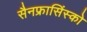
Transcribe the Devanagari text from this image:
सैनफ्रासिंस्को